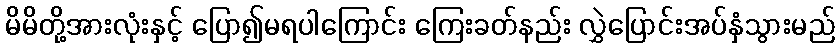
မိမိတို့အားလုံးနှင့် ပြော၍မရပါကြောင်း ကြေးခတ်နည်း လွှဲပြောင်းအပ်နှံသွားမည်